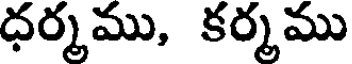
ధర్మము, కర్మము